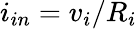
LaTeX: i_{in}=v_{i}/R_{i}